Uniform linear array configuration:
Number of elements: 16
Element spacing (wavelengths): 0.75
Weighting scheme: blackman
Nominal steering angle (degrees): -30
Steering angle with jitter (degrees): -29.01
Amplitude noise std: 0.05
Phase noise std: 0.05

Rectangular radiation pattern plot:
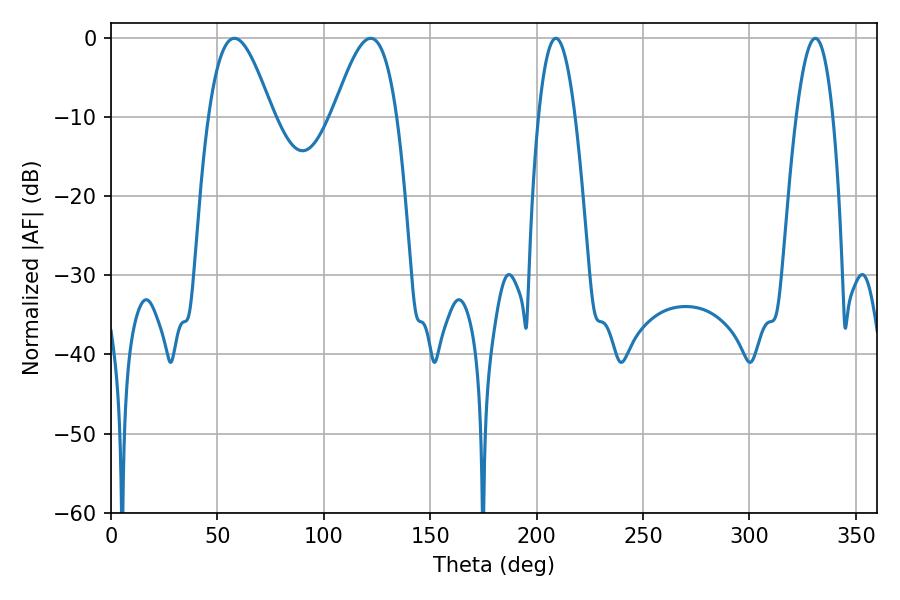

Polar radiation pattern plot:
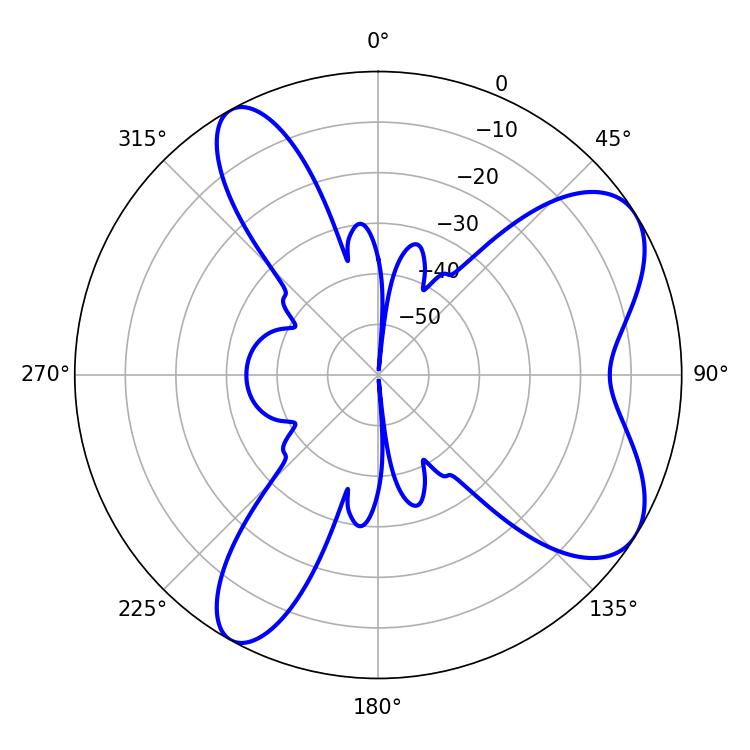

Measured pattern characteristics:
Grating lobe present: TRUE
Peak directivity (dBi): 7.303
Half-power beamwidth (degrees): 16.2
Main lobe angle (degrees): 57.96